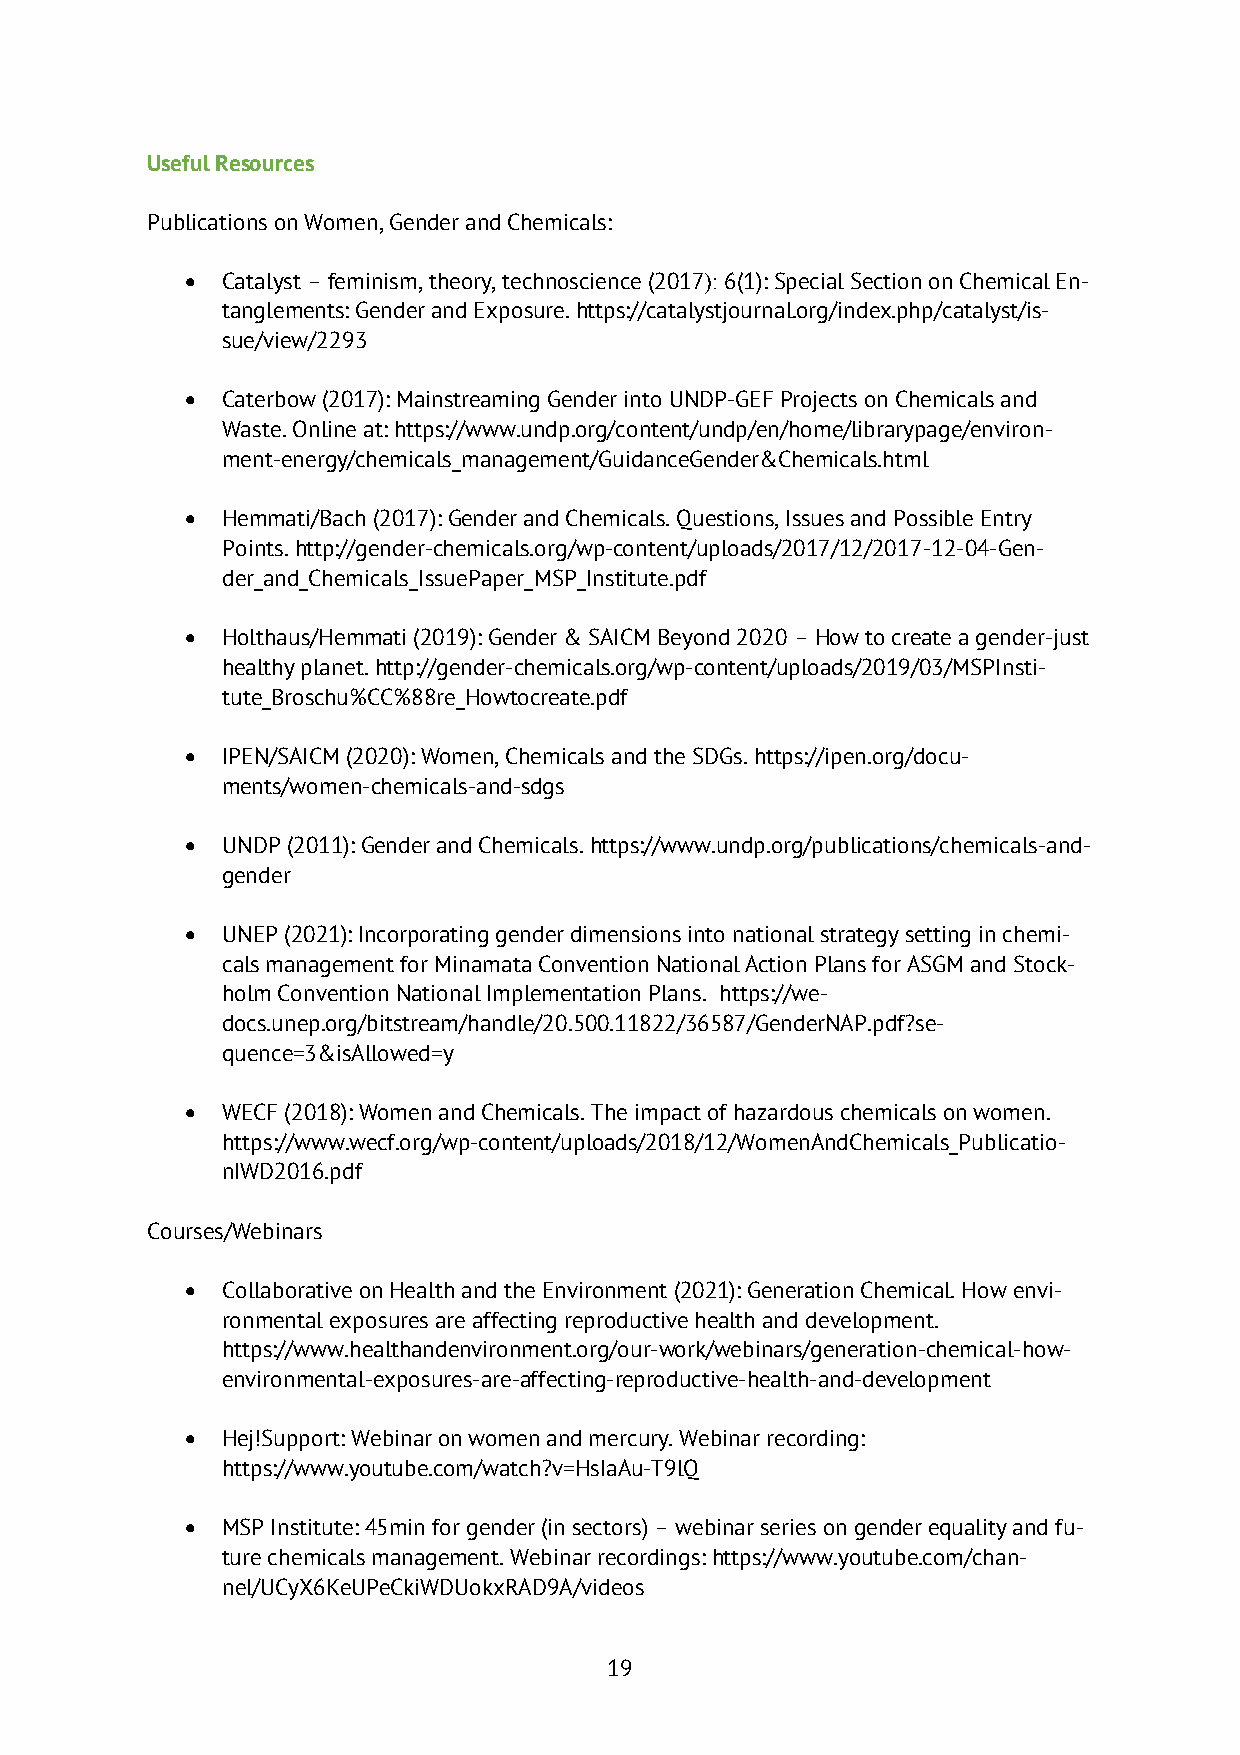
Useful Resources
 Publications on Women, Gender and Chemicals:
 •  Catalyst – feminism, theory, technoscience (2017): 6(1): Special Section on Chemical En-
 tanglements: Gender and Exposure. https://catalystjournal.org/index.php/catalyst/is-
 sue/view/2293
 •  Caterbow (2017): Mainstreaming Gender into UNDP-GEF Projects on Chemicals and
 Waste. Online at: https://www.undp.org/content/undp/en/home/librarypage/environ-
 ment-energy/chemicals_management/GuidanceGender&Chemicals.html
 •  Hemmati/Bach (2017): Gender and Chemicals. Questions, Issues and Possible Entry
 Points. http://gender-chemicals.org/wp-content/uploads/2017/12/2017-12-04-Gen-
 der_and_Chemicals_IssuePaper_MSP_Institute.pdf
 •  Holthaus/Hemmati (2019): Gender & SAICM Beyond 2020 – How to create a gender-just
 healthy planet. http://gender-chemicals.org/wp-content/uploads/2019/03/MSPInsti-
 tute_Broschu%CC%88re_Howtocreate.pdf
 •  IPEN/SAICM (2020): Women, Chemicals and the SDGs. https://ipen.org/docu-
 ments/women-chemicals-and-sdgs
 •  UNDP (2011): Gender and Chemicals. https://www.undp.org/publications/chemicals-and-
 gender
 •  UNEP (2021): Incorporating gender dimensions into national strategy setting in chemi-
 cals management for Minamata Convention National Action Plans for ASGM and Stock-
 holm Convention National Implementation Plans. https://we-
 docs.unep.org/bitstream/handle/20.500.11822/36587/GenderNAP.pdf?se-
 quence=3&isAllowed=y
 •  WECF (2018): Women and Chemicals. The impact of hazardous chemicals on women.
 https://www.wecf.org/wp-content/uploads/2018/12/WomenAndChemicals_Publicatio-
 nIWD2016.pdf
 Courses/Webinars
 •  Collaborative on Health and the Environment (2021): Generation Chemical. How envi-
 ronmental exposures are affecting reproductive health and development.
 https://www.healthandenvironment.org/our-work/webinars/generation-chemical-how-
 environmental-exposures-are-affecting-reproductive-health-and-development
 •  Hej!Support: Webinar on women and mercury. Webinar recording:
 https://www.youtube.com/watch?v=HsIaAu-T9lQ
 •  MSP Institute: 45min for gender (in sectors) – webinar series on gender equality and fu-
 ture chemicals management. Webinar recordings: https://www.youtube.com/chan-
 nel/UCyX6KeUPeCkiWDUokxRAD9A/videos
 19